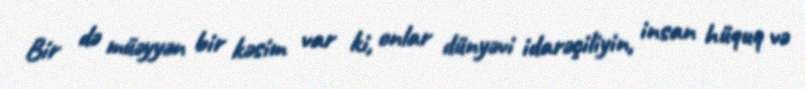
Bir də müəyyən bir kəsim var ki, onlar dünyəvi idarəçiliyin, insan hüquq və